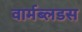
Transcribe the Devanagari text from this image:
वार्मब्लडस